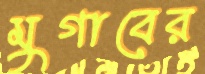
মুগাবের